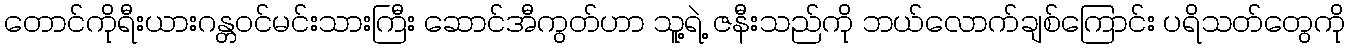
တောင်ကိုရီးယားဂန္တဝင်မင်းသားကြီး ဆောင်အီကွတ်ဟာ သူ့ရဲ့ ဇနီးသည်ကို ဘယ်လောက်ချစ်ကြောင်း ပရိသတ်တွေကို